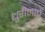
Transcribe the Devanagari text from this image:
धुरीणांचे